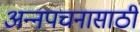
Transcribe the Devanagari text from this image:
अन्‍नपचनासाठी